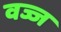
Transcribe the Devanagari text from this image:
वज्ज